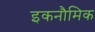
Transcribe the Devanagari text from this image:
इकनौमिक